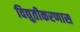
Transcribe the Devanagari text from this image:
विद्युतीकरणास